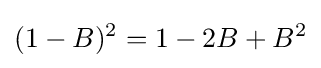
(1-B)^{2}=1-2B+B^{2}